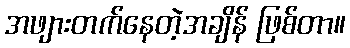
အဖျားတက်နေတဲ့အချိန် ဖြစ်တာ။